Scientific memoirs by medical officers of the Army of India - Part XII,
Year: 1901
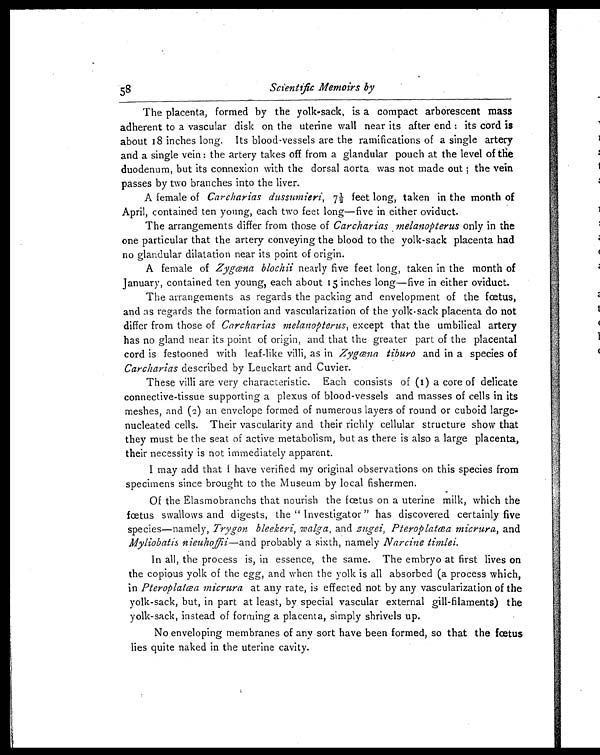
58
Scientific Memoirs by
The placenta, formed by the yolk-sack, is a compact arborescent mass
adherent to a vascular disk on the uterine wall near its after end : its cord is
about 18 inches long. Its blood-vessels are the ramifications of a single artery
and a single vein: the artery takes off from a glandular pouch at the level of the
duodenum, but its connexion with the dorsal aorta was not made out ; the vein
passes by two branches into the liver.
A female of Carcharias dussumieri, 7½ feet long, taken in the month of
April, contained ten young, each two feet long—five in either oviduct.
The arrangements differ from those of Carcharias melanopterus only in the
one particular that the artery conveying the blood to the yolk-sack placenta had
no glandular dilatation near its point of origin.
A female of Zygœna blochii nearly five feet long, taken in the month of
January, contained ten young, each about 15 inches long—five in either oviduct.
The arrangements as regards the packing and envelopment of the fœtus,
and as regards the formation and vascularization of the yolk-sack placenta do not
differ from those of Carcharias melanopterus, except that the umbilical artery
has no gland near its point of origin, and that the greater part of the placental
cord is festooned with leaf-like villi, as in Zygœna tiburo and in a species of
Carcharias described by Leuckart and Cuvier.
These villi are very characteristic. Each consists of (1) a core of delicate
connective-tissue supporting a plexus of blood-vessels and masses of cells in its
meshes, and (2) an envelope formed of numerous layers of round or cuboid large-
nucleated cells. Their vascularity and their richly cellular structure show that
they must be the seat of active metabolism, but as there is also a large placenta,
their necessity is not immediately apparent.
I may add that I have verified my original observations on this species from
specimens since brought to the Museum by local fishermen.
Of the Elasmobranchs that nourish the fœtus on a uterine milk, which the
fœtus swallows and digests, the " Investigator " has discovered certainly five
species—namely, Trygon bleekeri, walga, and zugei, Pteroplatœa micrura, and
Myliobatis nieuhoffii—and probably a sixth, namely Narcine timlei.
In all, the process is, in essence, the same. The embryo at first lives on
the copious yolk of the egg, and when the yolk is all absorbed (a process which,
in Pteroplatœa micrura at any rate, is effected not by any vascularization of the
yolk-sack, but, in part at least, by special vascular external gill-filaments) the
yolk-sack, instead of forming a placenta, simply shrivels up.
No enveloping membranes of any sort have been formed, so that the fœtus
lies quite naked in the uterine cavity.